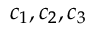
c _ { 1 } , c _ { 2 } , c _ { 3 }